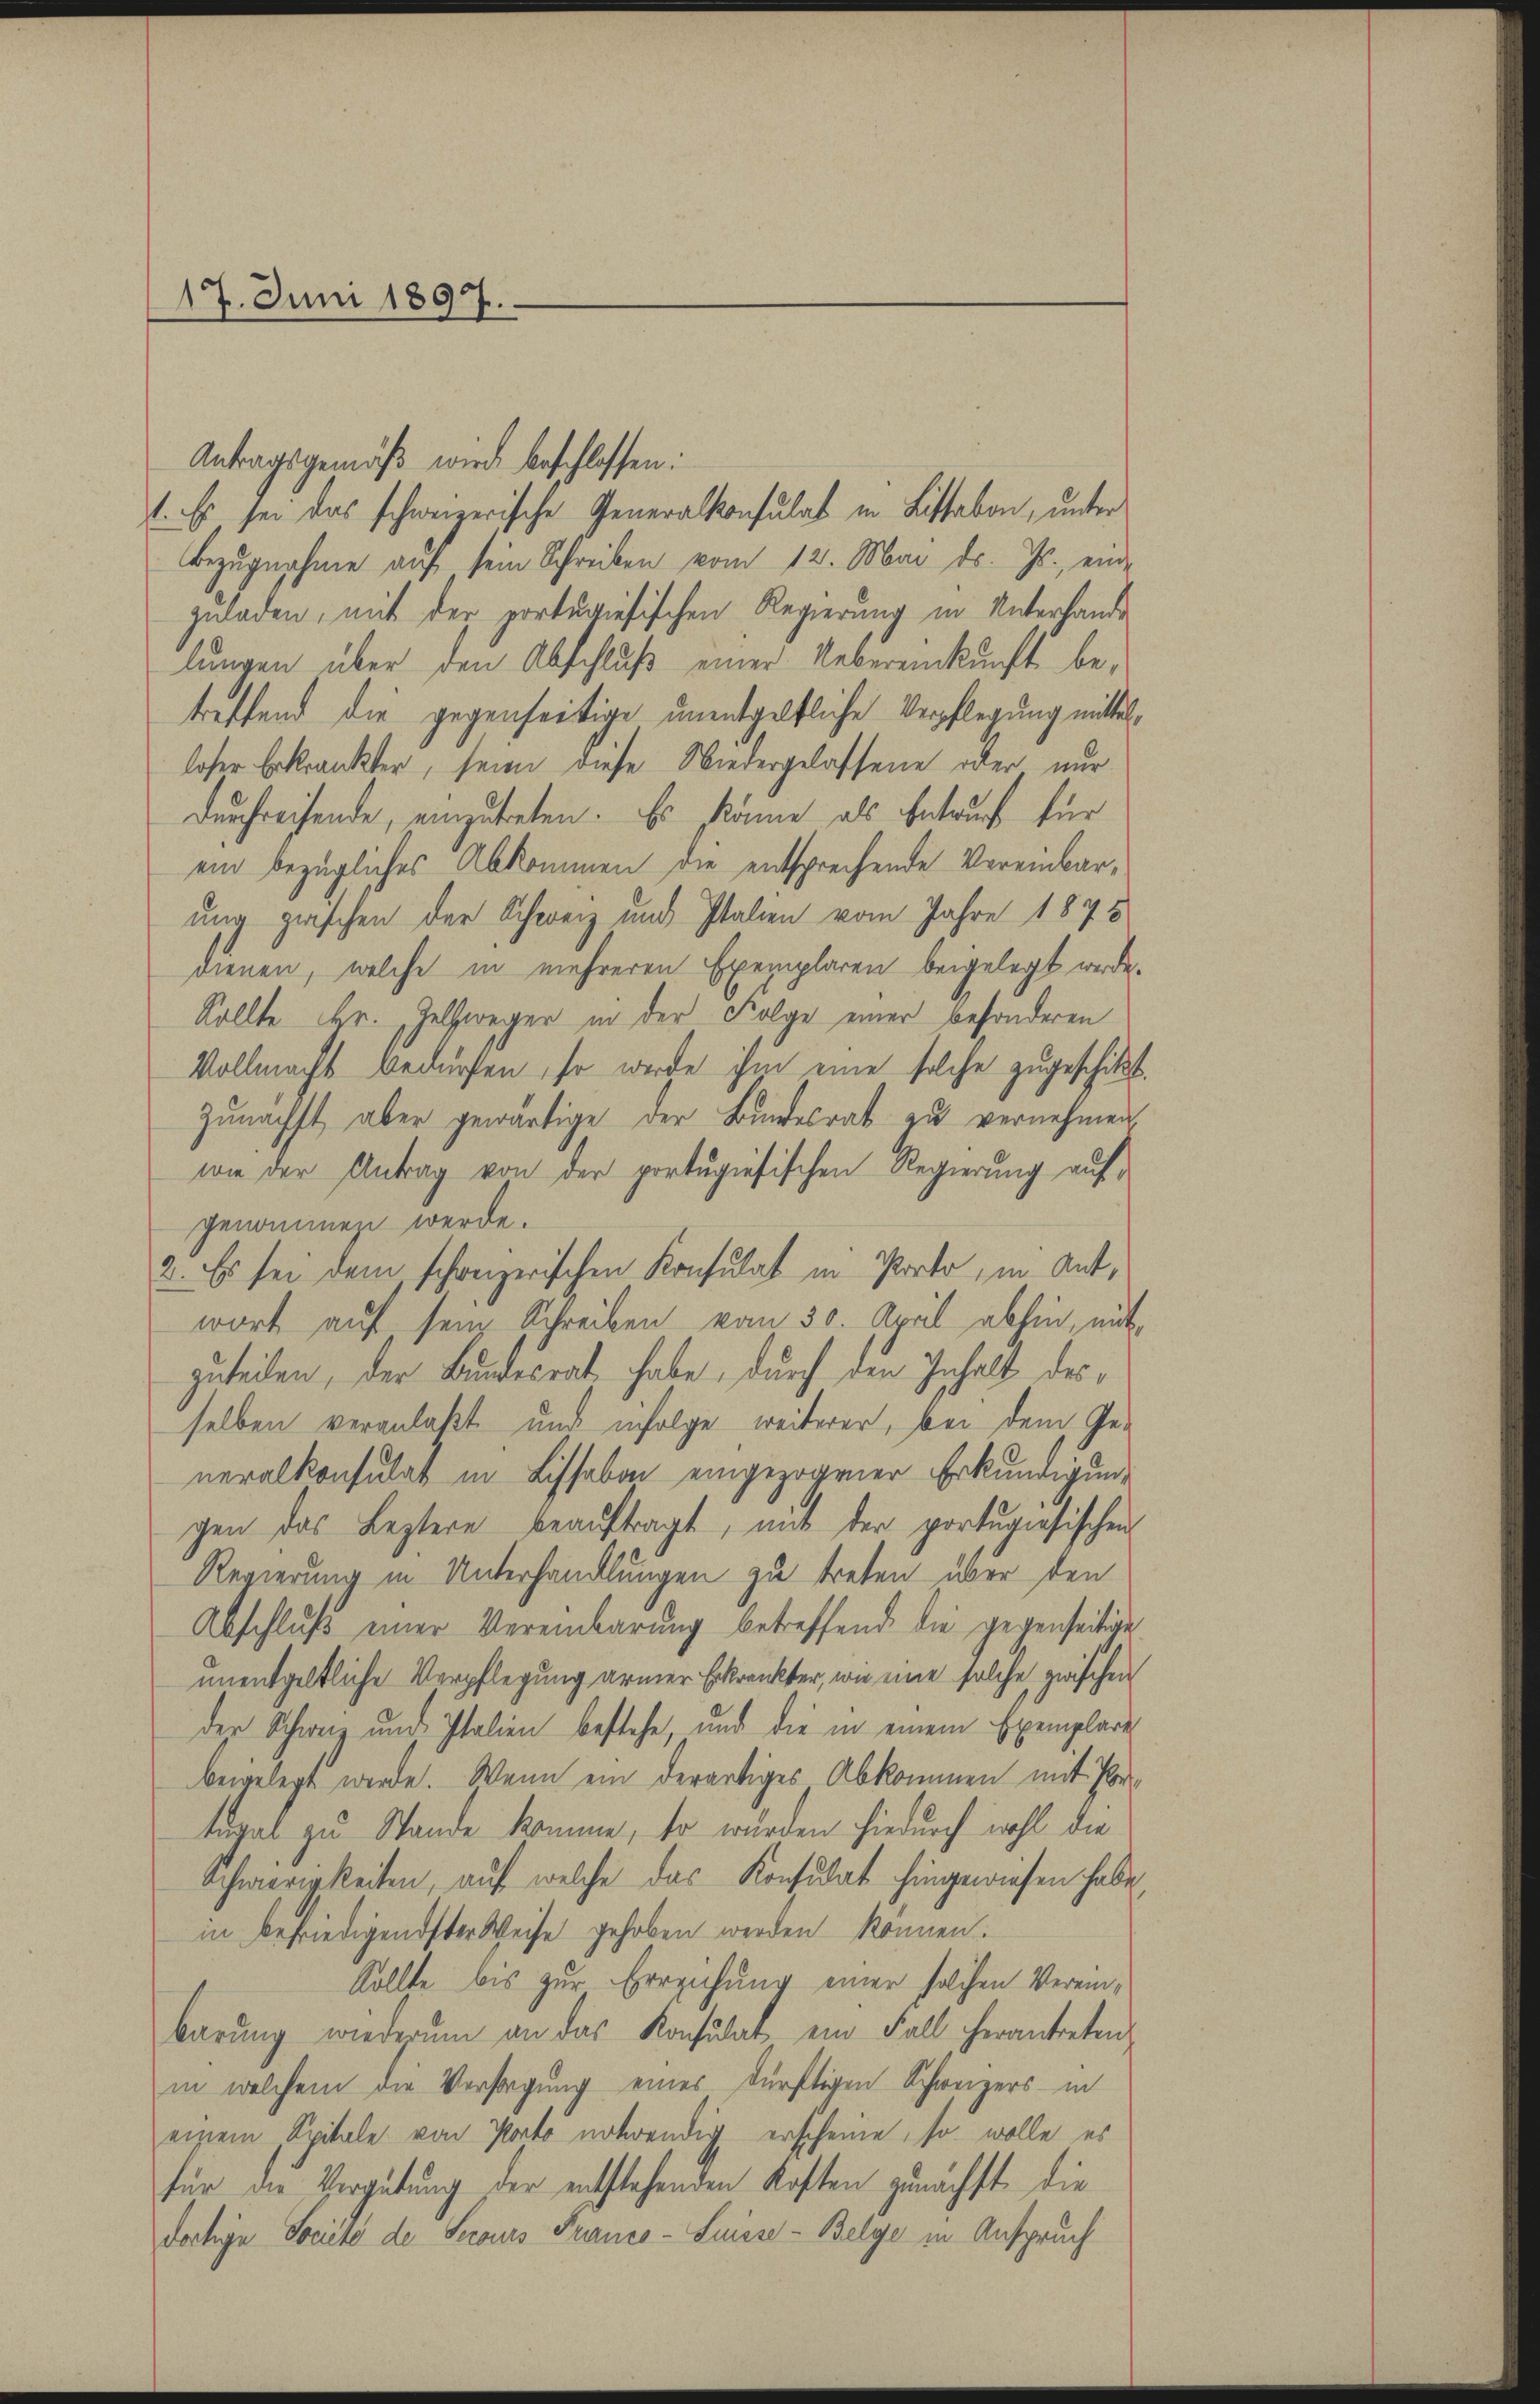
17. Juni 1897.

Antragsgemäß wird beschlossen:
1. Es sei das schweizerische Generalkonsulat in Listaben, unter
Bezugnahme auf sein Schreiben vom 12. Mai d. Js. ein-
zuladen, mit der portugiesischen Regierung in Unterlande
lungen über den Abschluß einer Uebereinkunft betreffend die gegenseitige unentgeltliche Verpflegung mittelloser Erkrankter, seien diese Wiedergelassene oder nur
Durfreisende, einzutreten. Es könne als Entwurf für
ein bezügliches Abkommen die entsprechende Vereinbarung zwischen der Schweiz und Italien vom Jahre 1875
dienen, welche in mehreren Exemplaren beigelegt werde.
Sollte Hr. Zellweger in der Folge einer besonderen
Vollmacht bedürfen, so werde ihm eine solche zugeschikt
zŭnächst aber gewärtige der Bundesrat zu vernehmen
wie der Antrag von der portugiesischen Regierung aufgenommen werde.
2. Es sei dem schweizerischen Konsulat in Porto, in Antwort auf sein Schreiben vom 30. April abhin, mit
zuteilen, der Bundesrat habe, durch den Inhalt desselben veranlaßt und infolge weiterer, bei dem Ge-
neralkonsulat in Lissabon eingezogener Erkundigung
gen das Leztere beauftragt, mit der portugisischen
Regierung in Unterhandlungen zu treten über den
Abschlŭβ einer Vereinbarŭng betreffende die gegenseitige
unentgeltliche Verpflegung armer Erkrankter, wie eine solche zwischen
der Schweiz und Italien bestehe, und die in einem Exemplare
beigelegt werde. Wenn ein derartiges Abkommen mit Portugal zu Stande komme, so wurden hiedurch wohl die
Schwierigkeiten, auf welche das Konsulat hingewiesen habe,
in befriedigendster Weise gehoben werden können.
Sollte bis zur Erreichung einer solchen Vereinbarŭng wiederum an das Konsulat ein Fall herantreten,
in welchem die Versagung eines dürftigen Schweizers in
einem Spitale von Pacto notwendig erscheine, so wolle es
für die Vergütung der entstehenden Kosten zunächst die
dortige Société de Serours Franco- Suisse - Belge in Anspruch